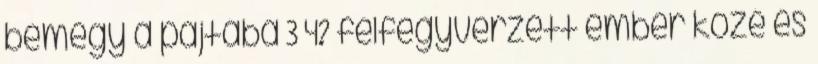
bemegy a pajtába 3 4? felfegyverzett ember közé és